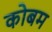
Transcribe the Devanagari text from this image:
कोबम